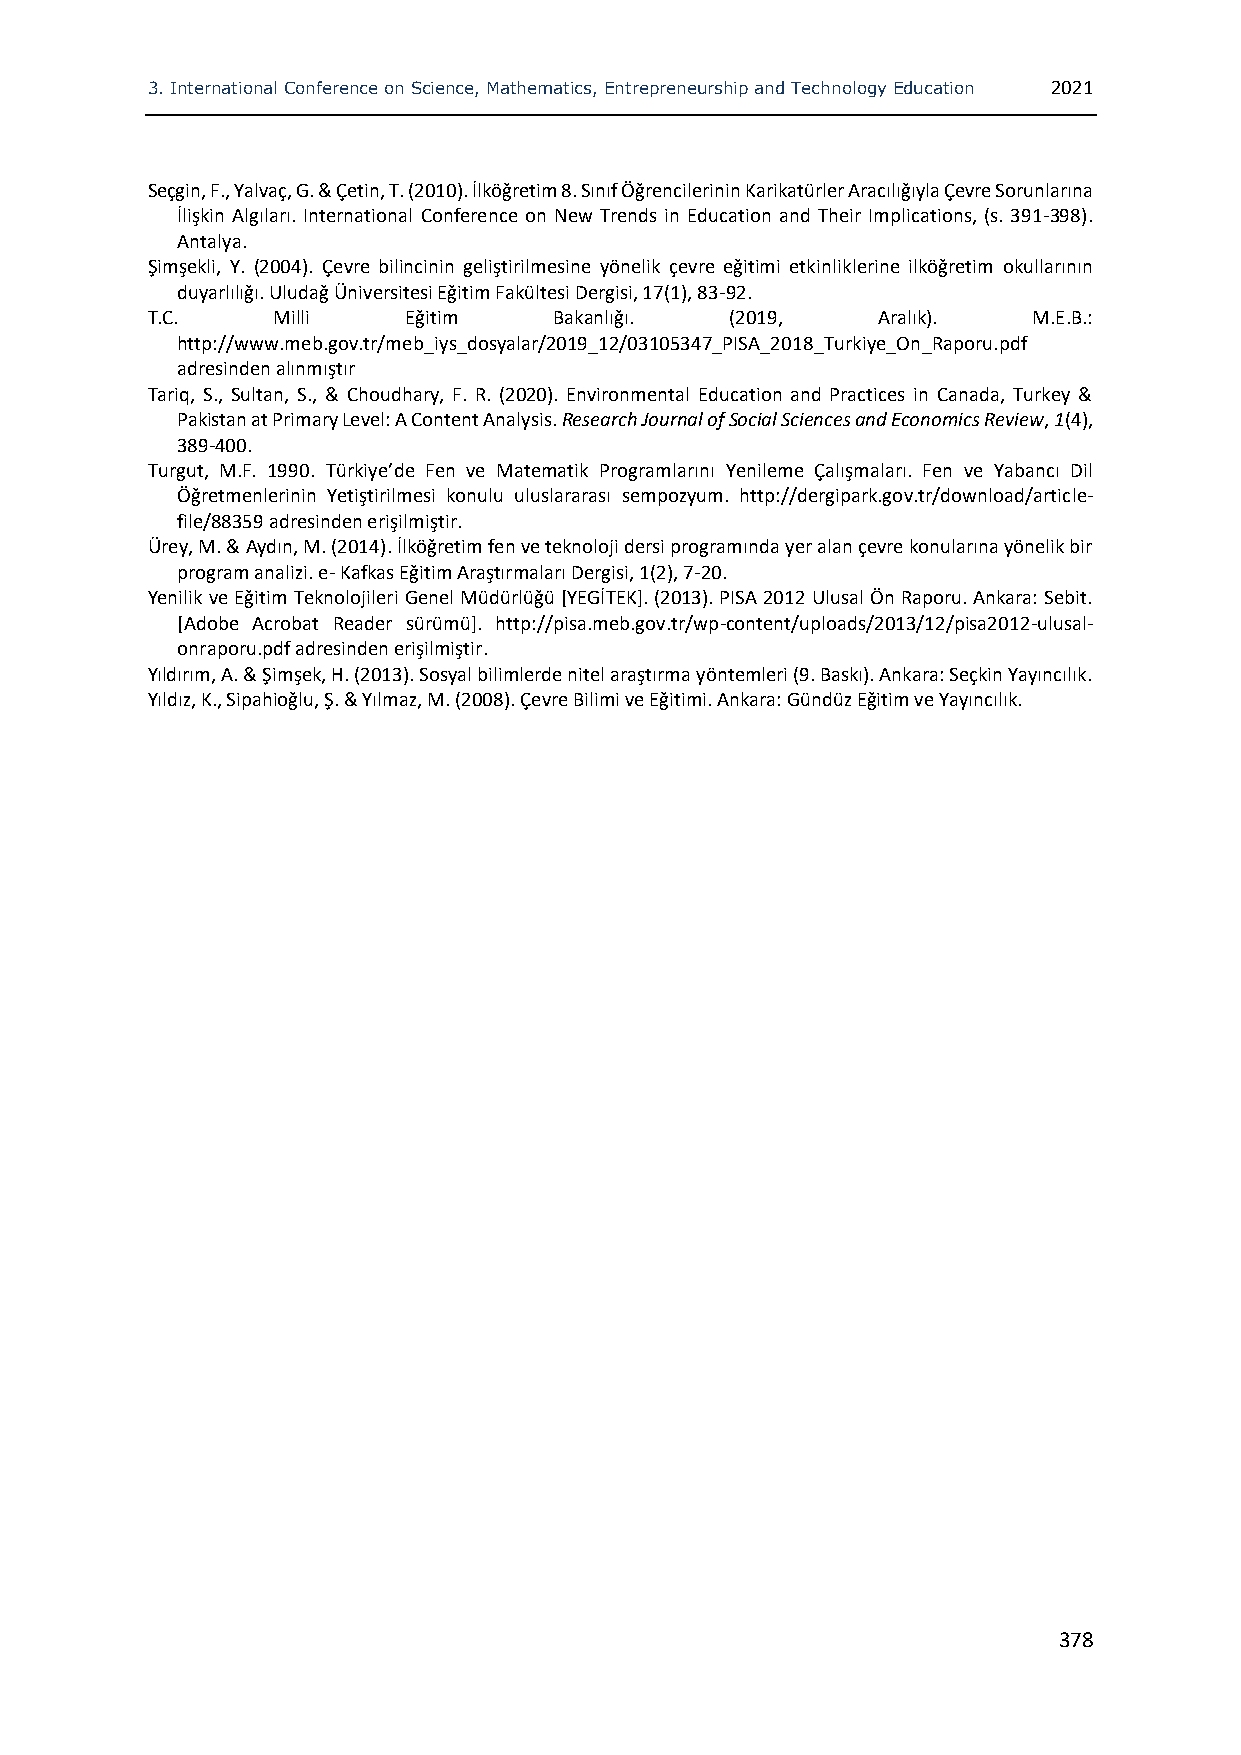
3. International Conference on Science, Mathematics, Entrepreneurship and Technology Education 2021
 Seçgin, F., Yalvaç, G. & Çetin, T. (2010). İlköğretim 8. Sınıf Öğrencilerinin Karikatürler Aracılığıyla Çevre Sorunlarına
 İlişkin Algıları. International Conference on New Trends in Education and Their Implications, (s. 391-398).
 Antalya.
 Şimşekli, Y. (2004). Çevre bilincinin geliştirilmesine yönelik çevre eğitimi etkinliklerine ilköğretim okullarının
 duyarlılığı. Uludağ Üniversitesi Eğitim Fakültesi Dergisi, 17(1), 83-92.
 T.C.    Milli    Eğitim    Bakanlığı. (2019,    Aralık).  M.E.B.:
 http://www.meb.gov.tr/meb_iys_dosyalar/2019_12/03105347_PISA_2018_Turkiye_On_Raporu.pdf
 adresinden alınmıştır
 Tariq, S., Sultan, S., & Choudhary, F. R. (2020). Environmental Education and Practices in Canada, Turkey &
 Pakistan at Primary Level: A Content Analysis. Research Journal of Social Sciences and Economics Review, 1(4),
 389-400.
 Turgut, M.F. 1990. Türkiye’de Fen ve Matematik Programlarını Yenileme Çalışmaları. Fen ve Yabancı Dil
 Öğretmenlerinin Yetiştirilmesi konulu uluslararası sempozyum. http://dergipark.gov.tr/download/article-
 file/88359 adresinden erişilmiştir.
 Ürey, M. & Aydın, M. (2014). İlköğretim fen ve teknoloji dersi programında yer alan çevre konularına yönelik bir
 program analizi. e- Kafkas Eğitim Araştırmaları Dergisi, 1(2), 7-20.
 Yenilik ve Eğitim Teknolojileri Genel Müdürlüğü [YEGİTEK]. (2013). PISA 2012 Ulusal Ön Raporu. Ankara: Sebit.
 [Adobe Acrobat Reader sürümü]. http://pisa.meb.gov.tr/wp-content/uploads/2013/12/pisa2012-ulusal-
 onraporu.pdf adresinden erişilmiştir.
 Yıldırım, A. & Şimşek, H. (2013). Sosyal bilimlerde nitel araştırma yöntemleri (9. Baskı). Ankara: Seçkin Yayıncılık.
 Yıldız, K., Sipahioğlu, Ş. & Yılmaz, M. (2008). Çevre Bilimi ve Eğitimi. Ankara: Gündüz Eğitim ve Yayıncılık.
 378